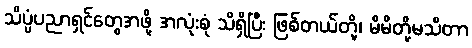
သိပ္ပံပညာရှင်တွေအဖို့ အလုံးစုံ သိရှိပြီး ဖြစ်တယ်တို့၊ မိမိတို့မသိတာ